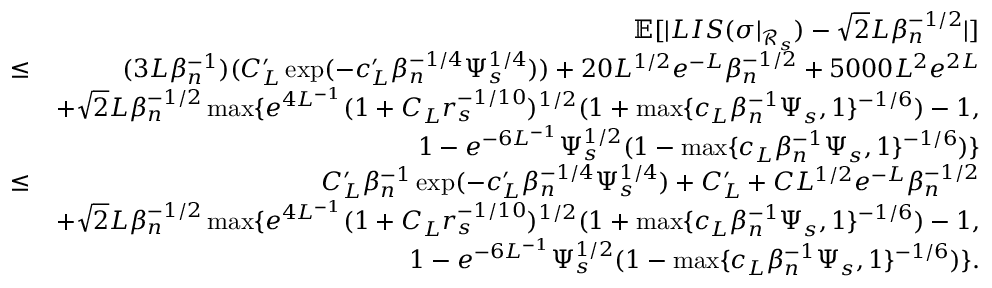
\begin{array} { r l r } & { } & { \mathbb { E } [ | L I S ( \sigma | _ { \mathcal { R } _ { s } } ) - \sqrt { 2 } L \beta _ { n } ^ { - 1 \slash 2 } | ] } \\ & { \leq } & { ( 3 L \beta _ { n } ^ { - 1 } ) ( C _ { L } ^ { \prime } \exp ( - c _ { L } ^ { \prime } \beta _ { n } ^ { - 1 \slash 4 } \Psi _ { s } ^ { 1 \slash 4 } ) ) + 2 0 L ^ { 1 \slash 2 } e ^ { - L } \beta _ { n } ^ { - 1 \slash 2 } + 5 0 0 0 L ^ { 2 } e ^ { 2 L } } \\ & { } & { + \sqrt { 2 } L \beta _ { n } ^ { - 1 \slash 2 } \operatorname* { m a x } \{ e ^ { 4 L ^ { - 1 } } ( 1 + C _ { L } r _ { s } ^ { - 1 \slash 1 0 } ) ^ { 1 \slash 2 } ( 1 + \operatorname* { m a x } \{ c _ { L } \beta _ { n } ^ { - 1 } \Psi _ { s } , 1 \} ^ { - 1 \slash 6 } ) - 1 , } \\ & { } & { \quad \quad \quad \quad \quad \quad \quad \quad \quad 1 - e ^ { - 6 L ^ { - 1 } } \Psi _ { s } ^ { 1 \slash 2 } ( 1 - \operatorname* { m a x } \{ c _ { L } \beta _ { n } ^ { - 1 } \Psi _ { s } , 1 \} ^ { - 1 \slash 6 } ) \} } \\ & { \leq } & { C _ { L } ^ { \prime } \beta _ { n } ^ { - 1 } \exp ( - c _ { L } ^ { \prime } \beta _ { n } ^ { - 1 \slash 4 } \Psi _ { s } ^ { 1 \slash 4 } ) + C _ { L } ^ { \prime } + C L ^ { 1 \slash 2 } e ^ { - L } \beta _ { n } ^ { - 1 \slash 2 } } \\ & { } & { + \sqrt { 2 } L \beta _ { n } ^ { - 1 \slash 2 } \operatorname* { m a x } \{ e ^ { 4 L ^ { - 1 } } ( 1 + C _ { L } r _ { s } ^ { - 1 \slash 1 0 } ) ^ { 1 \slash 2 } ( 1 + \operatorname* { m a x } \{ c _ { L } \beta _ { n } ^ { - 1 } \Psi _ { s } , 1 \} ^ { - 1 \slash 6 } ) - 1 , } \\ & { } & { \quad \quad \quad \quad \quad \quad \quad \quad \quad 1 - e ^ { - 6 L ^ { - 1 } } \Psi _ { s } ^ { 1 \slash 2 } ( 1 - \operatorname* { m a x } \{ c _ { L } \beta _ { n } ^ { - 1 } \Psi _ { s } , 1 \} ^ { - 1 \slash 6 } ) \} . } \end{array}